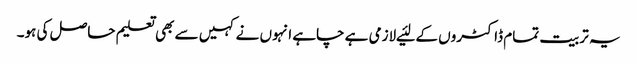
یہ تربیت تمام ڈاکٹروں کے لئیے لازمی ہے چاہے انہوں نے کہیں سے بھی تعلیم حاصل کی ہو۔